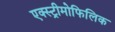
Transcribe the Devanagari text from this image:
एक्स्ट्रीमोफिलिक